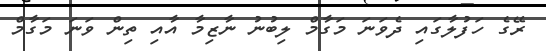
ރޭގެ ހަފުލާގައި ދެވަނަ މަގާމް ލިބުނު ނާޒިމާ އާއި ތިން ވަނަ މަގާމް